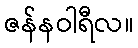
ဇန်နဝါရီလ။